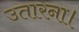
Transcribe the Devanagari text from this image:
उतारना।